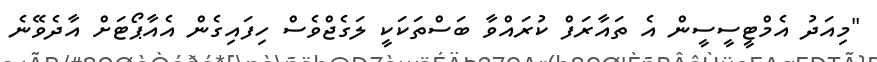
"މިއަދު އެމްޓީސީސީން އެ ތައާރަފް ކުރައްވާ ބަސްތަކަކީ ލަގެޖްވެސް ހިފައިގެން އެއާޕޯޓަށް އާދެވޭނެ